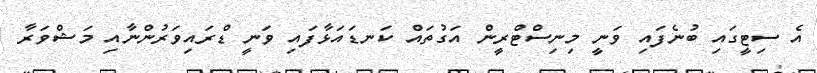
އެ ސިޓީގައި ބުނެފައި ވަނީ މިނިސްޓްރީން އަގުތައް ކަނޑައަޅާފައި ވަނީ ޑްރައިވަރުންނާއި މަޝްވަރާ